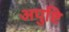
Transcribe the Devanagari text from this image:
अपुष्टि